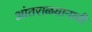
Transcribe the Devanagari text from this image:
आंतराळयानाची